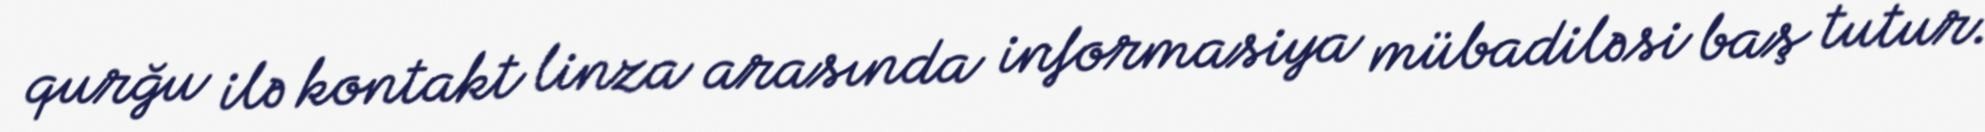
qurğu ilə kontakt linza arasında informasiya mübadiləsi baş tutur.